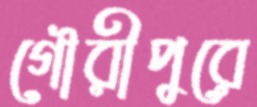
গৌরীপুরে